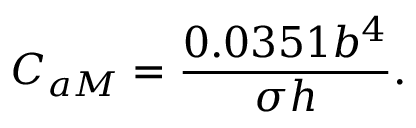
C _ { a M } = \frac { 0 . 0 3 5 1 b ^ { 4 } } { \sigma h } .